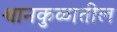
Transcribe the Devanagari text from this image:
श्वानकुळातील